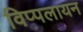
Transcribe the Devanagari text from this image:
विप्पलायन